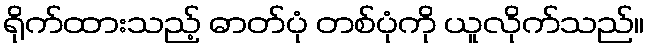
ရိုက်ထားသည့် ဓာတ်ပုံ တစ်ပုံကို ယူလိုက်သည်။